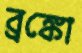
ব্রঙ্কো